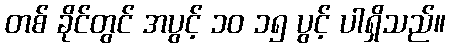
တစ် ခိုင်တွင် အပွင့် ၁၀ ၁၅ ပွင့် ပါရှိသည်။